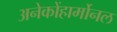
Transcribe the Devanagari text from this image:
अनेकोंहार्मोनल